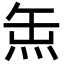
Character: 缹